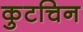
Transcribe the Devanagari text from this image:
कुटचिन